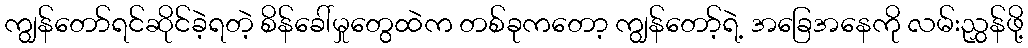
ကျွန်တော်ရင်ဆိုင်ခဲ့ရတဲ့ စိန်ခေါ်မှုတွေထဲက တစ်ခုကတော့ ကျွန်တော့်ရဲ့ အခြေအနေကို လမ်းညွှန်ဖို့